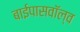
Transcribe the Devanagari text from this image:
बाईपासवॉल्व